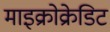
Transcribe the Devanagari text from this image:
माइक्रोक्रेडिट